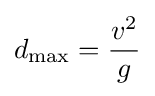
d_{\max }={\frac {v^{2}}{g}}